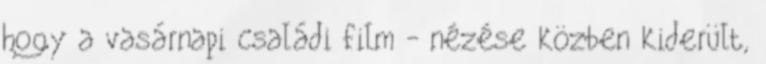
hogy a vasárnapi családi film - nézése közben kiderült,